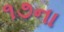
૧૭ના